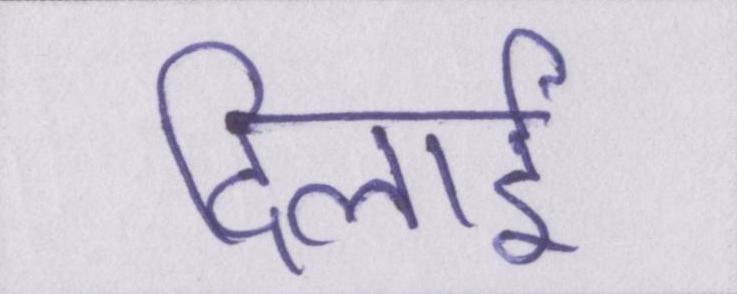
दिलाई